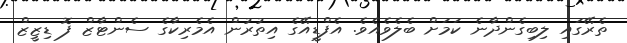
ތެރޭގައި ލިބިގެންދާނެ ކަމަށް ބެލެވެއެވެ. އެފްޑީއޭގެ އިތުރުން އެމެރިކާގެ ސެންޓާޒް ފޮ ޑިޒީޒް